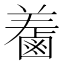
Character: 𪉤